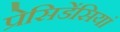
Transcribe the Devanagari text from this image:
प्रेसिडेंसियां